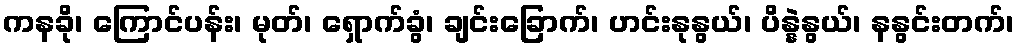
ကနခို၊ ကြောင်ပန်း၊ မုတ်၊ ရှောက်ခွံ၊ ချင်းခြောက်၊ ဟင်းနုနွယ်၊ ပိန္နဲနွယ်၊ နနွင်းတက်၊